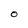
Character: O